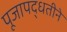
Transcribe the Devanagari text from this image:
पूजापद्धतीने